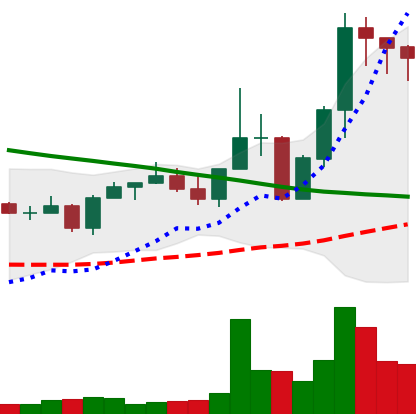
Ticker: EOS-USD
Chart end date: 2022-08-25
Forward return: -20.001%
Label: down_7plus